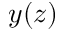
y ( z )